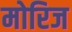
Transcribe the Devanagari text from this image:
मोरिज